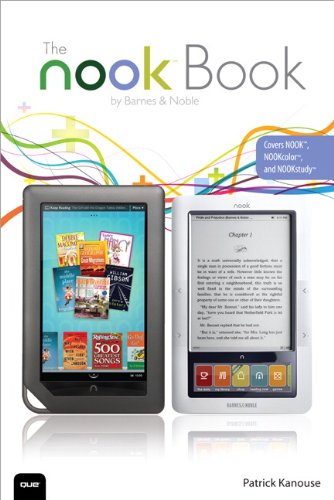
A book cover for The NOOK Book: Everything you need to know for the NOOK, NOOKcolor, and NOOKstudy; Patrick Kanouse; Computers & Technology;